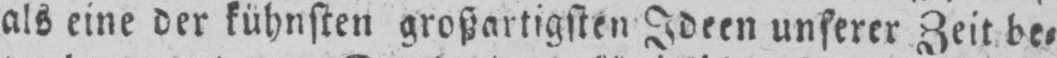
als eine der kühnsten großartigsten Ideen unserer Zeit be⸗